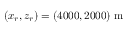
( x _ { r } , z _ { r } ) = ( 4 0 0 0 , 2 0 0 0 ) ~ \mathrm { m }